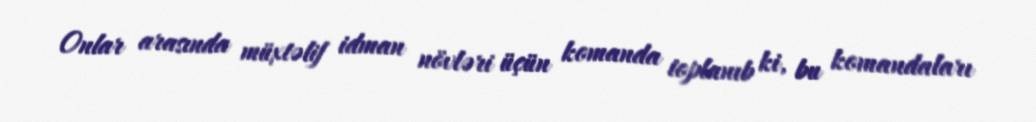
Onlar arasında müxtəlif idman növləri üçün komanda toplanıb ki, bu komandaları